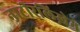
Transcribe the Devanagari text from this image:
नाटीरलिख़ेन